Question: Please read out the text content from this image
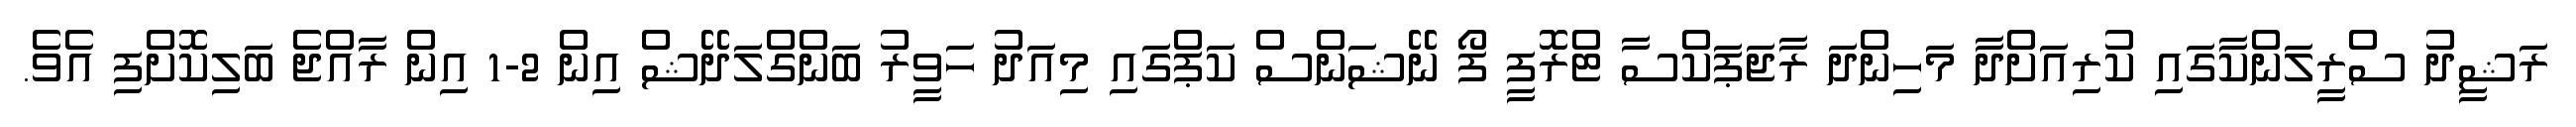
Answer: ރަޝީދު ސްރީލަންކާގައި ކުރިއަށްދާ މަހިންދަ ރާޖަޕަކްސާ ޓްރޮފީ ފޯ ނޭޝަންސް ކަޕްގައި މިއަދު ހަވީރު ބަންގްލަދޭޝް އިން 2-1 އިން ރާއްޖެ ބަލިކޮށްފި އެވެ.